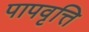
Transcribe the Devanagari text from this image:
पापवृत्ति